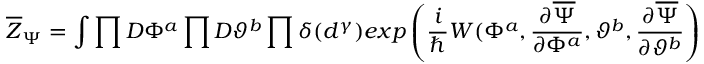
\overline { { { Z } } } _ { \Psi } = \int \prod D \Phi ^ { a } \prod D \vartheta ^ { b } \prod \delta ( d ^ { \gamma } ) e x p \left( { \frac { i } { \hbar } } W ( \Phi ^ { a } , { \frac { \partial \overline { { \Psi } } } { \partial \Phi ^ { a } } } , \vartheta ^ { b } , { \frac { \partial \overline { { \Psi } } } { \partial \vartheta ^ { b } } } \right)